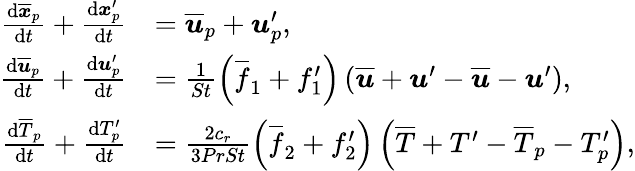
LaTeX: \begin{array}{rl}{\frac{\mathrm{d}\overline{{\boldsymbol{x}}}_{p}}{\mathrm{d}t}+\frac{\mathrm{d}\boldsymbol{x}_{p}^{\prime}}{\mathrm{d}t}}&{=\overline{{\boldsymbol u}}_{p}+\boldsymbol u_{p}^{\prime},}\\ {\frac{\mathrm{d}\overline{{\boldsymbol{u}}}_{p}}{\mathrm{d}t}+\frac{\mathrm{d}\boldsymbol{u}_{p}^{\prime}}{\mathrm{d}t}}&{=\frac{1}{St}\left(\overline{{f}}_{1}+f_{1}^{\prime}\right)\left(\overline{{\boldsymbol u}}+\boldsymbol u^{\prime}-\overline{{\boldsymbol u}}-\boldsymbol u^{\prime}\right),}\\ {\frac{\mathrm{d}\overline{T}_{p}}{\mathrm{d}t}+\frac{\mathrm{d}T_{p}^{\prime}}{\mathrm{d}t}}&{=\frac{2c_{r}}{3PrSt}\left(\overline{{f}}_{2}+f_{2}^{\prime}\right)\left(\overline{{T}}+T^{\prime}-\overline{{T}}_{p}-T_{p}^{\prime}\right),}\end{array}